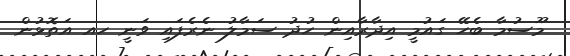
މޫސުމާ ބެހޭ ގައުމީ އިދާރާއިން ހުދު ސަމާލު ނެރެފައި ވަނީ ހއ އަތޮޅުން